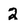
Character: 2